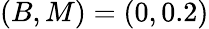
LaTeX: (B,M)=(0,0.2)